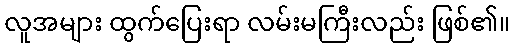
လူအများ ထွက်ပြေးရာ လမ်းမကြီးလည်း ဖြစ်၏။